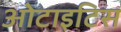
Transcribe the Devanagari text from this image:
ओटाइटिस